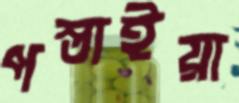
পস্তাইয়া